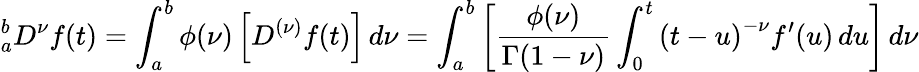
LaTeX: {}_{a}^{b}D^{\nu}f(t)=\int_{a}^{b}\phi(\nu)\left[D^{(\nu)}f(t)\right]\, d\nu=\int_{a}^{b}\left[{\frac{\phi(\nu)}{\Gamma(1-\nu)}}\int_{0}^{t}\left(t-u\right)^{-\nu}f^{\prime}(u)\, du\right]\, d\nu